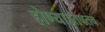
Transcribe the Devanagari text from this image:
होण्याइतपतच